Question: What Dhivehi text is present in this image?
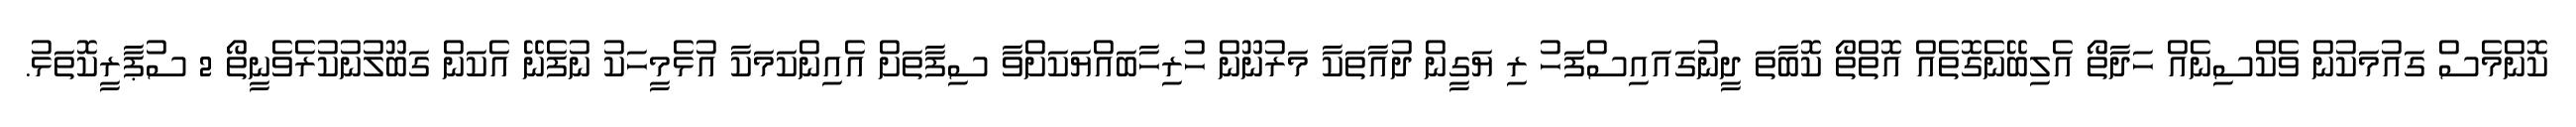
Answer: ކޮންމެސް ގައުމަކުން ވެކްސިނެއް ހަދާތޯ އެލިބޭނެގޮތެއް އޮތްތޯ ކޮބާތަ ދީނުގައައިސްފަހު ރި ޔަގީން ދުއާތަކާ މަރުނޫން ހުރިހާބައްޔަކަށްވާ ސިފާތަށް އެއިންކަމަކާ އުޅެމީހަކު ނުފެނޭ އެކަން ގަބޫލުނުކުރެވެނީތޯ 2 ސުޕާރީކޮތަޅު.